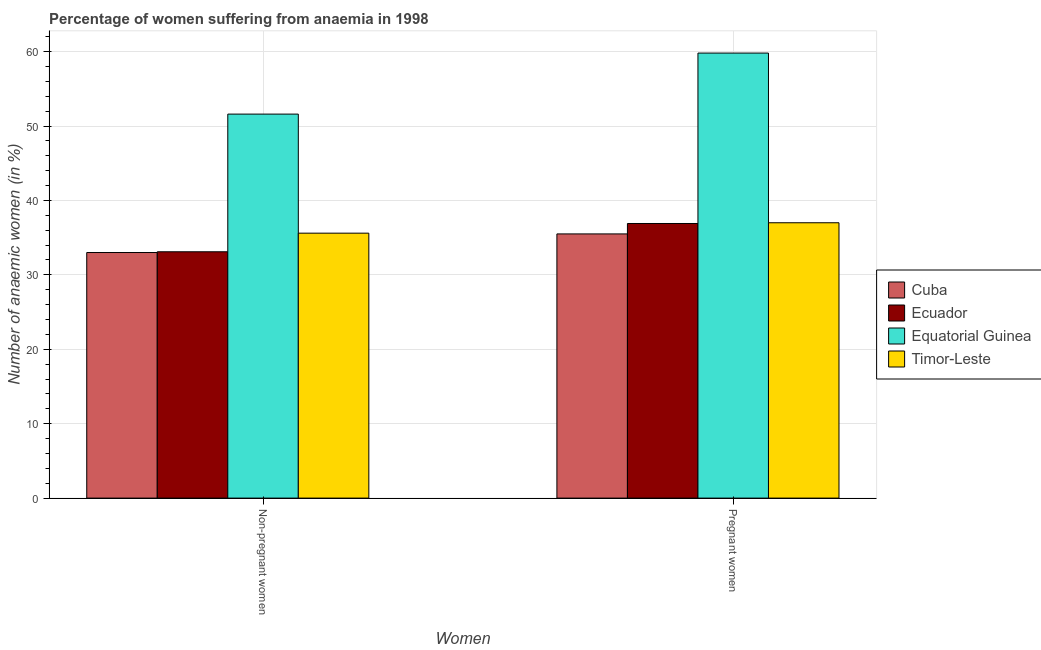
| Women | Cuba | Ecuador | Equatorial Guinea | Timor-Leste |
 | --- | --- | --- | --- | --- |
 | Non-pregnant women | 33 | 33.1 | 51.6 | 35.6 |
 | Pregnant women | 35.5 | 36.9 | 59.8 | 37 |